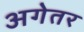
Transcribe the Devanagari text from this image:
अगेतर